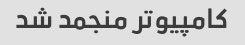
کامپیوتر منجمد شد